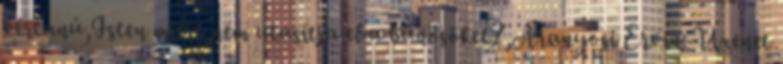
vértanú,Isten miért nem utasítja el a bűnösöket?,Aranyosi Ervin: Üzenet